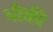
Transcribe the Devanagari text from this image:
भीकी